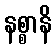
နစ္စာနိ